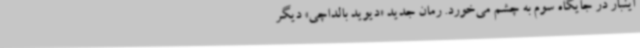
اینبار در جایگاه سوم به چشم می‌خورد. رمان جدید «دیوید بالداچی» دیگر